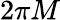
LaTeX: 2\pi M